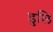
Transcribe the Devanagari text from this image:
डुलि